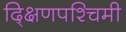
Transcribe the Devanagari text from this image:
द्क्षिणपश्चिमी